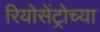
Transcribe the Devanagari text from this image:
रियोसेंट्रोच्या